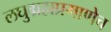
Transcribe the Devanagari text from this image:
लघुग्रहाप्रमाणेच